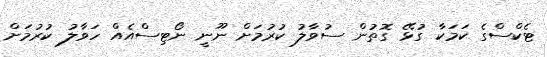
ޓެކްސްގެ ކަމަކާ ގުޅޭ ގޮތުން ސުވާލު ކުރުމަށް ނޫނީ ނޯޓިސްއެއް ހަވާލު ކުރުމަށް